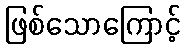
ဖြစ်သောကြောင့်